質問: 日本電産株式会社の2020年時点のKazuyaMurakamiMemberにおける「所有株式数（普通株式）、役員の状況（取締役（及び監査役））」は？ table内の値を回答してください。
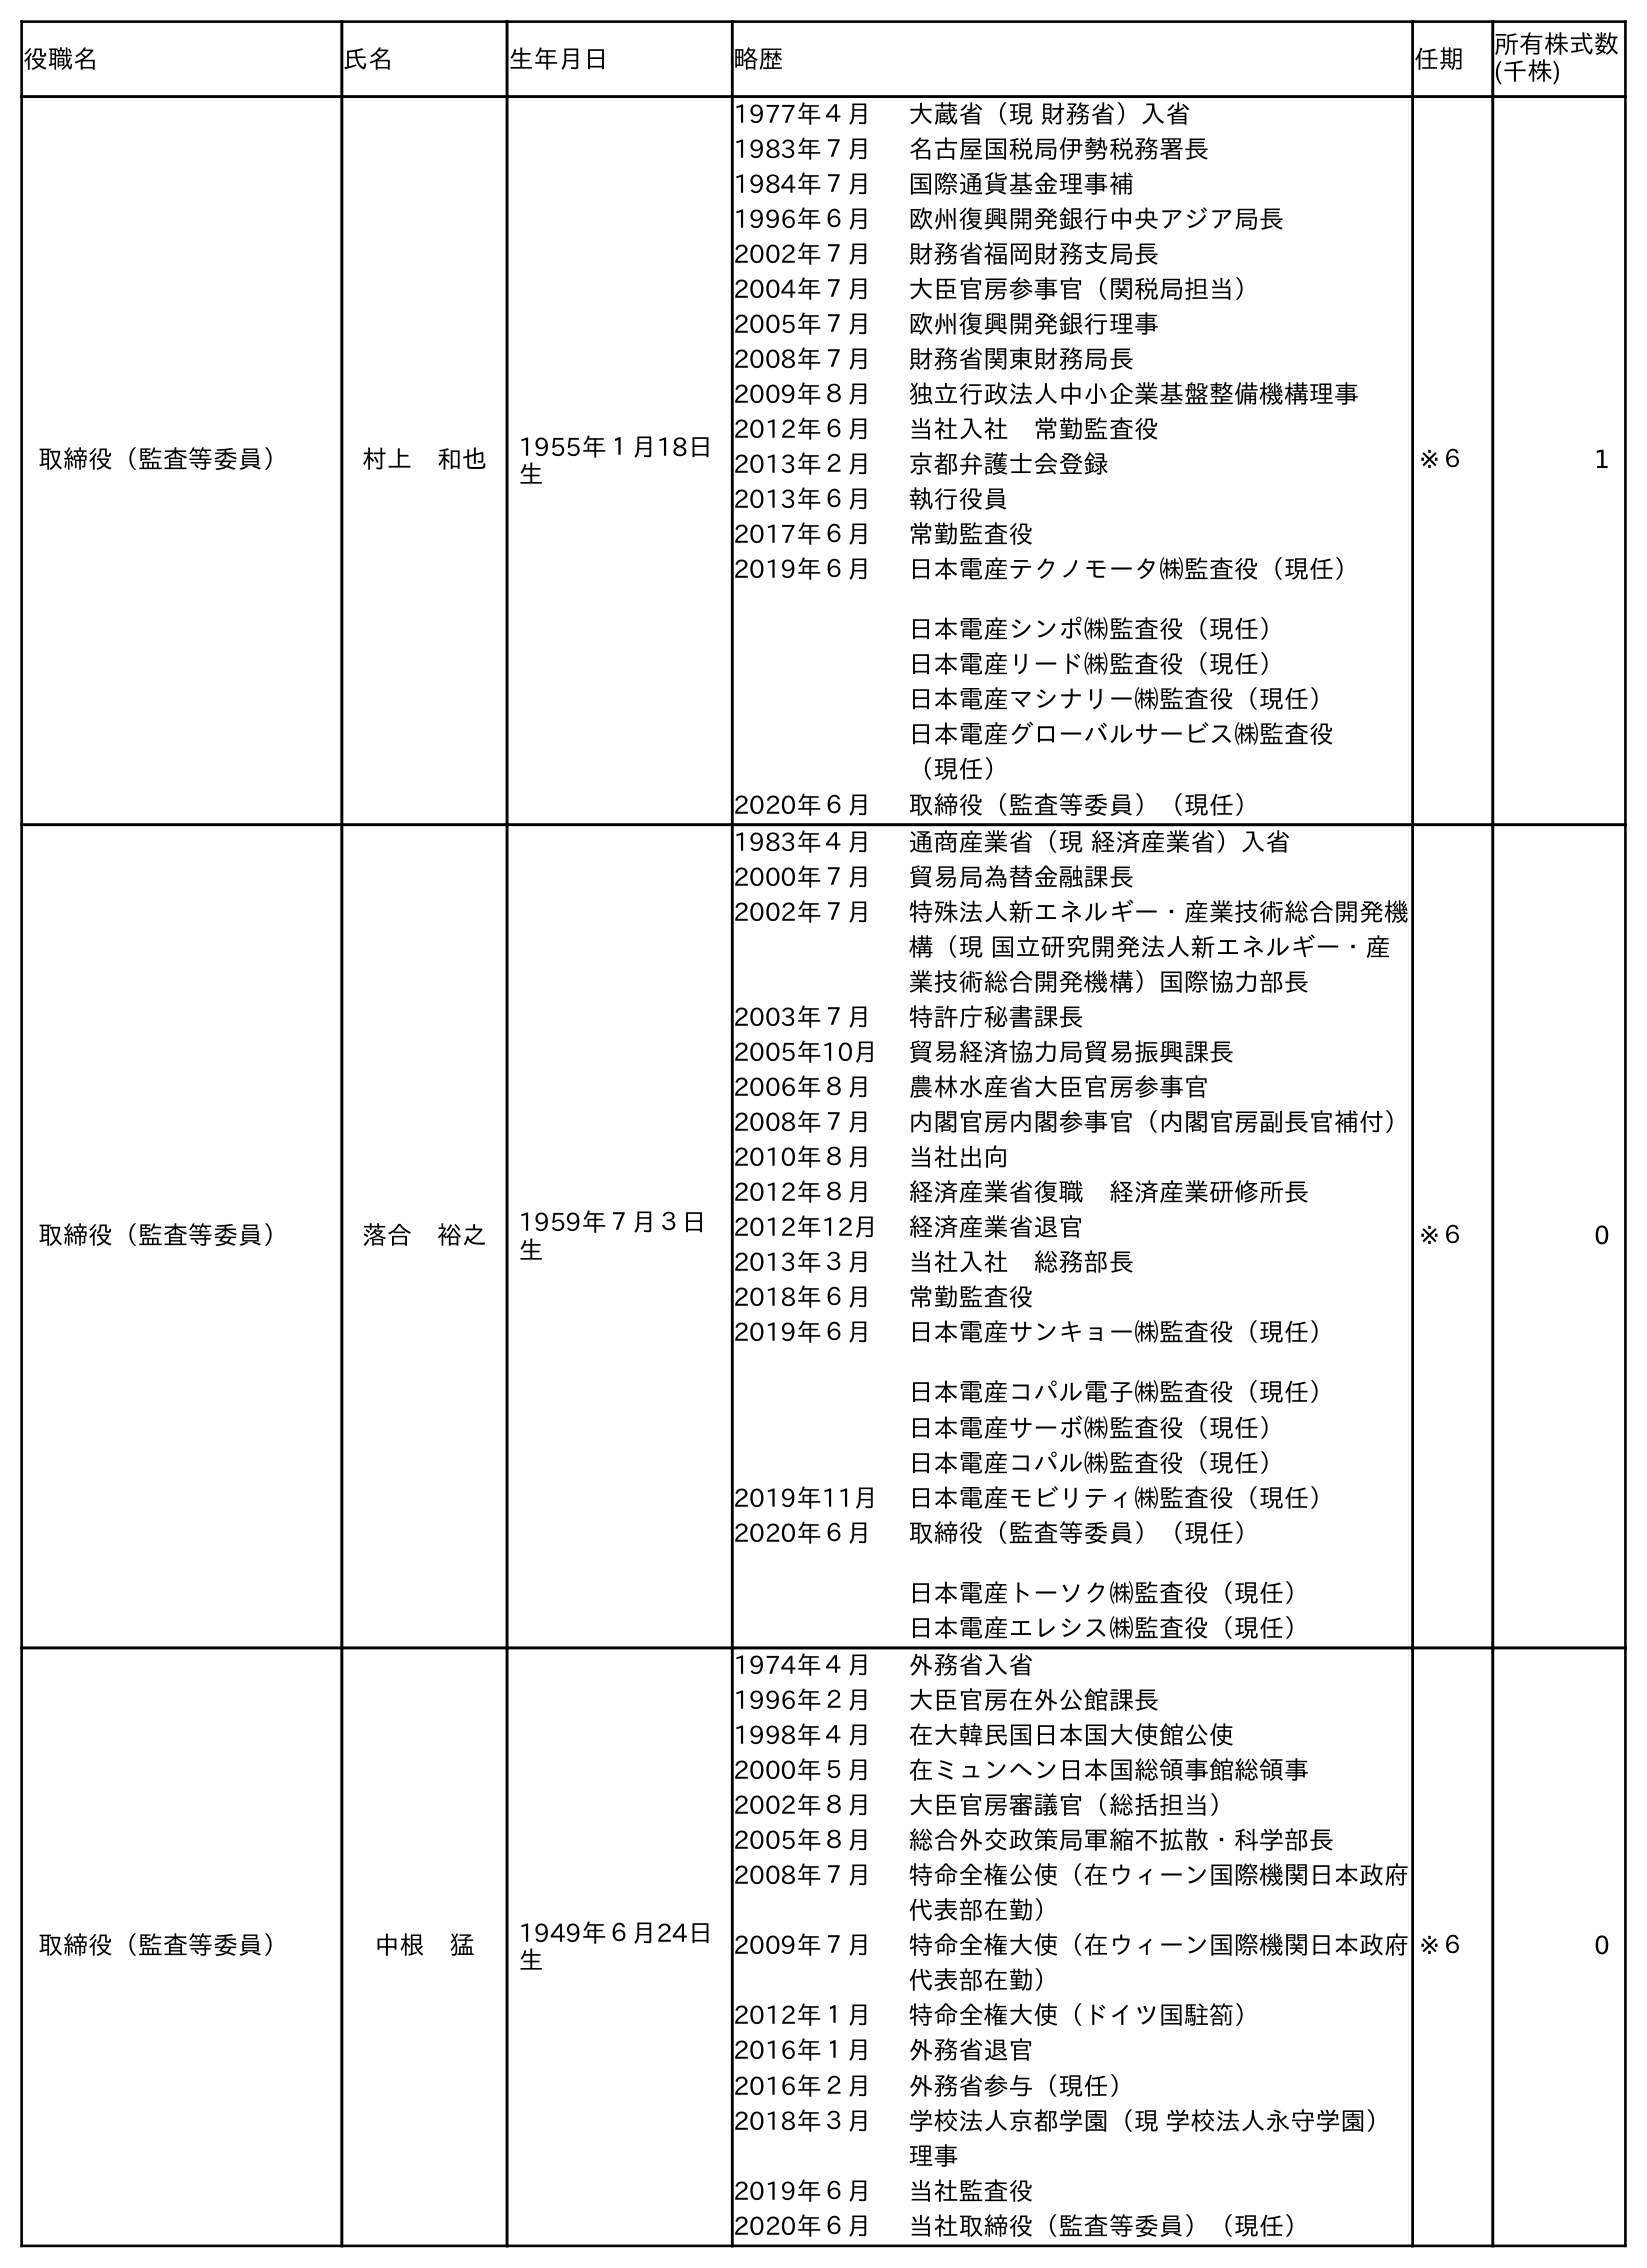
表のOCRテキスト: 役職名 氏名 生年月日 略歴 任期 所有株式数 (千株) 取締役（監査等委員） 村上 和也 1955年１月18日 生 1977年４月 大蔵省（現 財務省）入省 1983年７月 名古屋国税局伊勢税務署長 1984年７月 国際通貨基金理事補 1996年６月 欧州復興開発銀行中央アジア局長 2002年７月 財務省福岡財務支局長 2004年７月 大臣官房参事官（関税局担当） 2005年７月 欧州復興開発銀行理事 2008年７月 財務省関東財務局長 2009年８月 独立行政法人中小企業基盤整備機構理事 2012年６月 当社入社 常勤監査役 2013年２月 京都弁護士会登録 2013年６月 執行役員 2017年６月 常勤監査役 2019年６月 日本電産テクノモータ㈱監査役（現任） 日本電産シンポ㈱監査役（現任） 日本電産リード㈱監査役（現任） 日本電産マシナリー㈱監査役（現任） 日本電産グローバルサービス㈱監査役 （現任） 2020年６月 取締役（監査等委員）（現任） ※６ 1 取締役（監査等委員） 落合 裕之 1959年７月３日 生 1983年４月 通商産業省（現 経済産業省）入省 2000年７月 貿易局為替金融課長 2002年７月 特殊法人新エネルギー・産業技術総合開発機 構（現 国立研究開発法人新エネルギー・産 業技術総合開発機構）国際協力部長 2003年７月 特許庁秘書課長 2005年10月 貿易経済協力局貿易振興課長 2006年８月 農林水産省大臣官房参事官 2008年７月 内閣官房内閣参事官（内閣官房副長官補付） 2010年８月 当社出向 2012年８月 経済産業省復職 経済産業研修所長 2012年12月 経済産業省退官 2013年３月 当社入社 総務部長 2018年６月 常勤監査役 2019年６月 日本電産サンキョー㈱監査役（現任） 日本電産コパル電子㈱監査役（現任） 日本電産サーボ㈱監査役（現任） 日本電産コパル㈱監査役（現任） 2019年11月 日本電産モビリティ㈱監査役（現任） 2020年６月 取締役（監査等委員）（現任） 日本電産トーソク㈱監査役（現任） 日本電産エレシス㈱監査役（現任） ※６ 0 取締役（監査等委員） 中根 猛 1949年６月24日 生 1974年４月 外務省入省 1996年２月 大臣官房在外公館課長 1998年４月 在大韓民国日本国大使館公使 2000年５月 在ミュンヘン日本国総領事館総領事 2002年８月 大臣官房審議官（総括担当） 2005年８月 総合外交政策局軍縮不拡散・科学部長 2008年７月 特命全権公使（在ウィーン国際機関日本政府 代表部在勤） 2009年７月 特命全権大使（在ウィーン国際機関日本政府 代表部在勤） 2012年１月 特命全権大使（ドイツ国駐箚） 2016年１月 外務省退官 2016年２月 外務省参与（現任） 2018年３月 学校法人京都学園（現 学校法人永守学園） 理事 2019年６月 当社監査役 2020年６月 当社取締役（監査等委員）（現任） ※６ 0
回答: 1